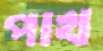
পাখ